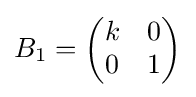
B_{1}={\begin{pmatrix}k&0\\0&1\end{pmatrix}}